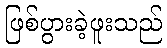
ဖြစ်ပွားခဲ့ဖူးသည်